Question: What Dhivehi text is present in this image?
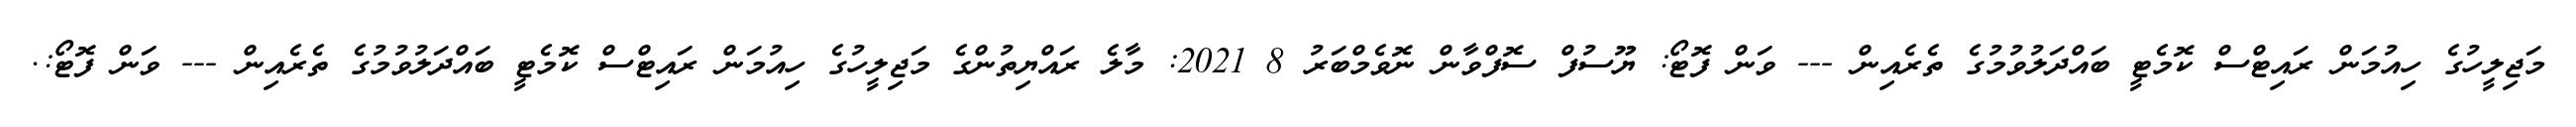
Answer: މަޖިލީހުގެ ހިއުމަން ރައިޓްސް ކޮމެޓީ ބައްދަލުވުމުގެ ތެރެއިން --- ވަން ފޮޓޯ: ޔޫސުފް ސޮފްވާން ނޮވެމްބަރު 8 2021: މާލެ ރައްޔިތުންގެ މަޖިލީހުގެ ހިއުމަން ރައިޓްސް ކޮމެޓީ ބައްދަލުވުމުގެ ތެރެއިން --- ވަން ފޮޓޯ:.